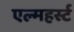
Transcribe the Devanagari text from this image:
एल्महर्स्ट